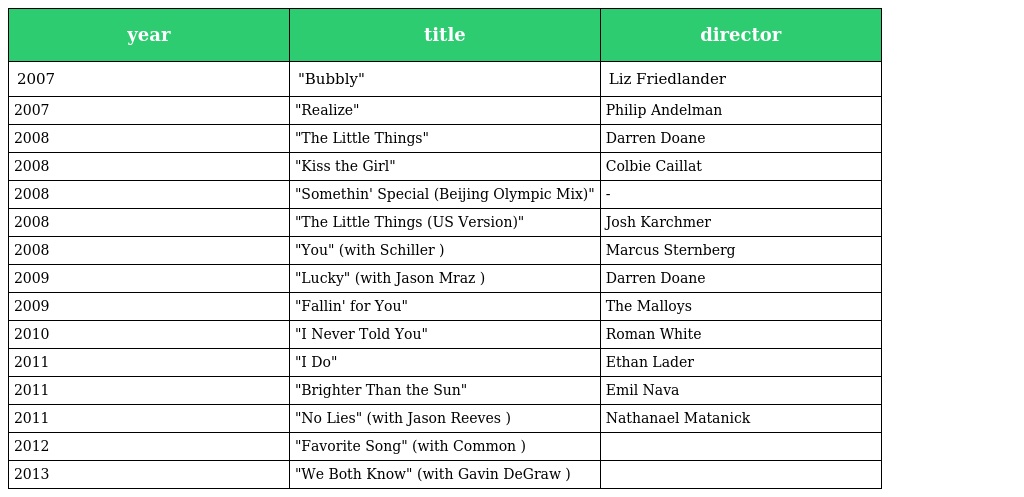
| year | title | director |
 | --- | --- | --- |
 | 2007 | "Bubbly" | Liz Friedlander |
 | 2007 | "Realize" | Philip Andelman |
 | 2008 | "The Little Things" | Darren Doane |
 | 2008 | "Kiss the Girl" | Colbie Caillat |
 | 2008 | "Somethin' Special (Beijing Olympic Mix)" | - |
 | 2008 | "The Little Things (US Version)" | Josh Karchmer |
 | 2008 | "You" (with Schiller ) | Marcus Sternberg |
 | 2009 | "Lucky" (with Jason Mraz ) | Darren Doane |
 | 2009 | "Fallin' for You" | The Malloys |
 | 2010 | "I Never Told You" | Roman White |
 | 2011 | "I Do" | Ethan Lader |
 | 2011 | "Brighter Than the Sun" | Emil Nava |
 | 2011 | "No Lies" (with Jason Reeves ) | Nathanael Matanick |
 | 2012 | "Favorite Song" (with Common ) |  |
 | 2013 | "We Both Know" (with Gavin DeGraw ) |  |